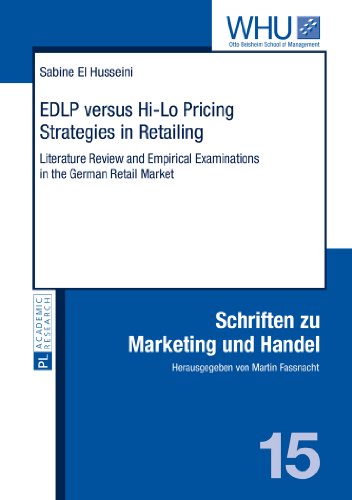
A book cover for EDLP versus Hi-Lo Pricing Strategies in Retailing: Literature Review and Empirical Examinations in the German Retail Market (Schriften zu Marketing und Handel); Sabine El Husseini; Business & Money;